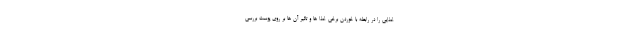
غذایی را در رابطه با خوردن برخی غذا ها و تاثیر آن ها بر روی پوست بررسی